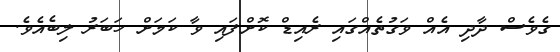
ގެވެސް ދާދި އެއް ވަގުތެއްގައި ރެއިޑް ކޮށްފައި ވާ ކަމަށް ހަބަރު ލިބެއެވެ.